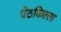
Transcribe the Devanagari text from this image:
पेठकिल्ला